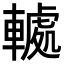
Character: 𮝤